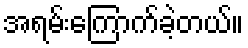
အရမ်းကြောက်ခဲ့တယ်။